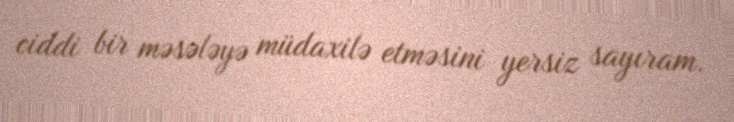
ciddi bir məsələyə müdaxilə etməsini yersiz sayıram.